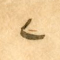
٢